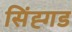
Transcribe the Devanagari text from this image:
सिंह्गड